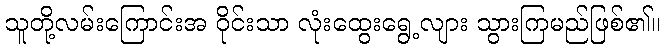
သူတို့လမ်းကြောင်းအ ဝိုင်းသာ လုံးထွေးရွေ့လျား သွားကြမည်ဖြစ်၏။